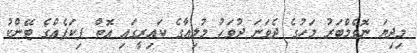
މިދިޔަ ނޮވެމްބަރު މަހުގެ ދެވަނަ ދުވަހު މުލިއާގެ ކައިރީގައި އޮތް ޕިކަޕެއްގެ ޓޭންކު